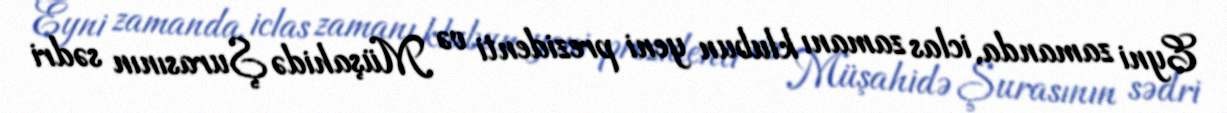
Eyni zamanda, iclas zamanı klubun yeni prezidenti və Müşahidə Şurasının sədri